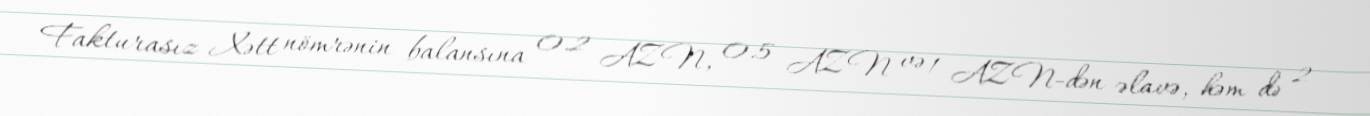
Fakturasız Xətt nömrənin balansına 0.2 AZN, 0.5 AZN və 1 AZN-dən əlavə, həm də 2